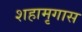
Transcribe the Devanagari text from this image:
शहामृगास